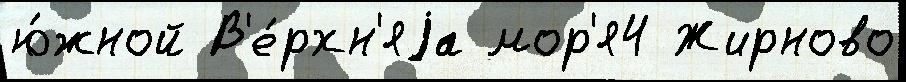
ю́жной В'е́рхн'яjа мор'я4 Жирново